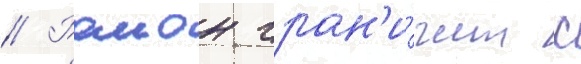
// Раион гран'и́чит с